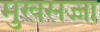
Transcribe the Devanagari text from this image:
मुखसज्जा